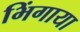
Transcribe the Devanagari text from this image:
भिंगाया